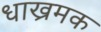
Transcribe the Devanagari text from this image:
धाख्रमक